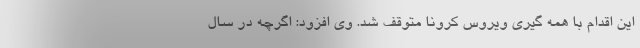
این اقدام با همه گیری ویروس کرونا متوقف شد. وی افزود: اگرچه در سال